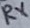
Text: RX